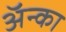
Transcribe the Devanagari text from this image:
अॅन्का